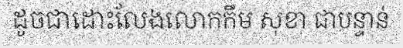
ដូចជាដោះលែងលោកកឹម សុខា ជាបន្ទាន់